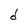
Character: d